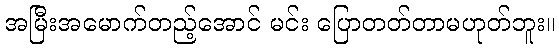
အမြီးအမောက်တည့်အောင် မင်း ပြောတတ်တာမဟုတ်ဘူး။